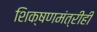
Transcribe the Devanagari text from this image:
शिक्षणमंत्रीही